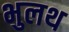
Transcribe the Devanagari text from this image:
भुलथ